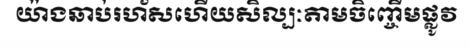
យ៉ាងឆាប់រហ័សហើយសិល្បៈតាមចិញ្ចើមផ្លូវ